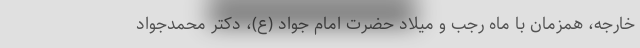
خارجه، همزمان با ماه رجب و میلاد حضرت امام جواد (ع)، دکتر محمدجواد